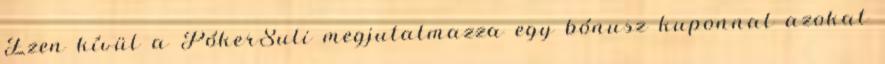
Ezen kívül a PókerSuli megjutalmazza egy bónusz kuponnal azokat